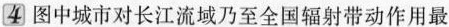
4 图中城市对长江流域乃至全国辐射带动作用最